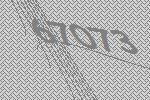
67073